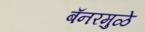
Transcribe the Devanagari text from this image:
बॅनरमुळे